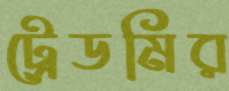
ট্রেডমির